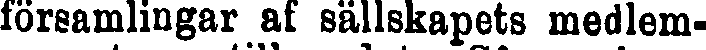
församlingar af sällskapets medlem-